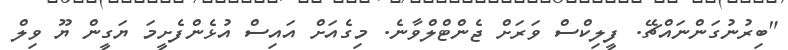
"ބިރުނުގަންނައްޗޭ. ފީލިކްސް ވަރަށް ޖެންޓްލްވާނެ. މިގެއަށް އައިސް އުޅެންފެށީމަ ޔަގީން ޔޫ ވިލް